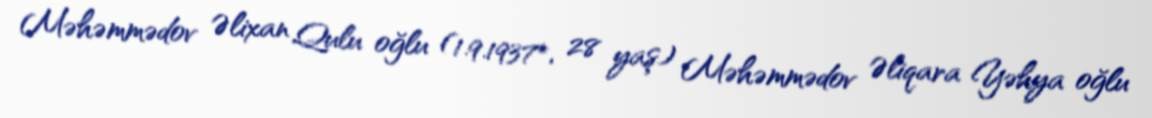
Məhəmmədov Əlixan Qulu oğlu (1.9.1937*, 28 yaş) Məhəmmədov Əliqara Yəhya oğlu